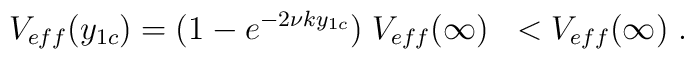
V_{eff}(y_{1c}) = (1 - e^{- 2 \nu k y_{1c}}) \; V_{eff}(\infty) \; \; < V_{eff}(\infty) \; .